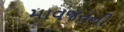
માવજતની